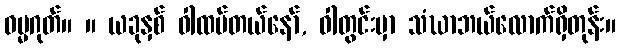
ဓမ္မဂုတ်။ ။ ယခုနှစ် ဝါထပ်တယ်နော်, ဝါတွင်းမှာ သံဃာဘယ်လောက်ရှိတုန်း။